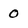
Character: 0